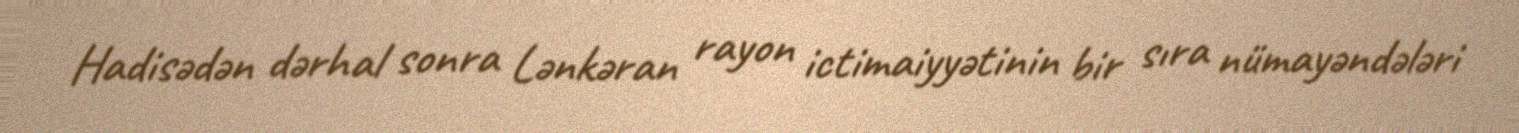
Hadisədən dərhal sonra Lənkəran rayon ictimaiyyətinin bir sıra nümayəndələri